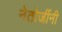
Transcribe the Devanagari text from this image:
नेतोजींनी